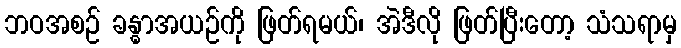
ဘဝအစဉ် ခန္ဓာအယဉ်ကို ဖြတ်ရမယ်၊ အဲဒီလို ဖြတ်ပြီးတော့ သံသရာမှ